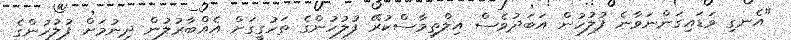
"އެނގި ވަޑައިގަންނަވާނެ ފުލުހުން އަބަދުވެސް އިލްތިމާސްކުރޭ ފުލުހުންގެ ތަހުގީގަށް އެއްބާރުލުން ދިނުމަށް ފުލުހުންގެ